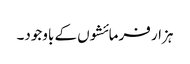
ہزار فرمائشوں کے باوجود۔